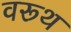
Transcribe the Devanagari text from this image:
वरूथ